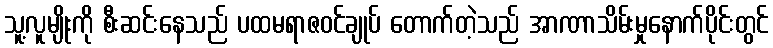
သူ့လူမျိုးကို စီးဆင်းနေသည် ပထမရာဇဝင်ချုပ် တောက်တဲ့သည် အာဏာသိမ်းမှုနောက်ပိုင်းတွင်